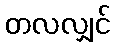
တလလျှင်